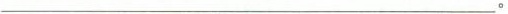
___